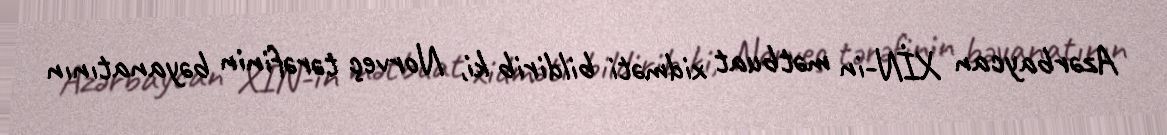
Azərbaycan XİN-in mətbuat xidməti bildirib ki, Norveç tərəfinin bəyanatının